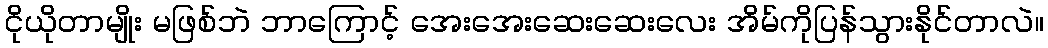
ငိုယိုတာမျိုး မဖြစ်ဘဲ ဘာကြောင့် အေးအေးဆေးဆေးလေး အိမ်ကိုပြန်သွားနိုင်တာလဲ။